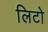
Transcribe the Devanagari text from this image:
लिटो